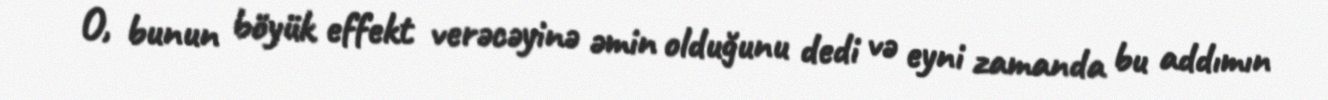
O, bunun böyük effekt verəcəyinə əmin olduğunu dedi və eyni zamanda bu addımın